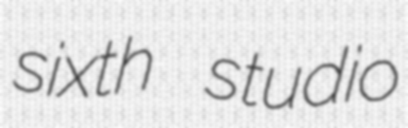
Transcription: sixth studio